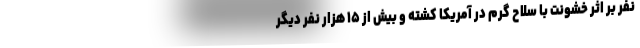
نفر بر اثر خشونت با سلاح گرم در آمریکا کشته و بیش از ۱۵ هزار نفر دیگر